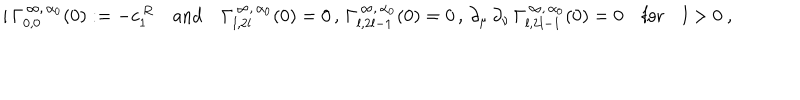
LaTeX: i \, \Gamma _ { 0 , 0 } ^ { \, \infty , \, \alpha _ { 0 } } ( 0 ) : = - c _ { 1 } ^ { \, R } \quad \mathrm { a n d } \quad \Gamma _ { l , 2 l } ^ { \, \infty , \, \alpha _ { 0 } } ( 0 ) = 0 \, , \, \Gamma _ { l , 2 l - 1 } ^ { \, \infty , \, \alpha _ { 0 } } ( 0 ) = 0 \, , \, \partial _ { \mu } \, \partial _ { \nu } \, \Gamma _ { l , 2 l - 1 } ^ { \, \infty , \, \alpha _ { 0 } } ( 0 ) = 0 \quad \mathrm { f o r } \quad l > 0 \ ,